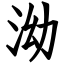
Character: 泑